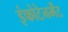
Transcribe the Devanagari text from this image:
इंफोटेनमेंट